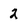
Character: 2